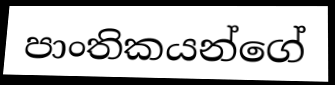
පාංතිකයන්ගේ